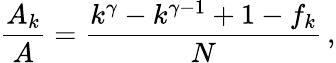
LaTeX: \frac{A_{k}}{A}=\frac{k^{\gamma}-k^{\gamma-1}+1-f_{k}}{N}\, ,